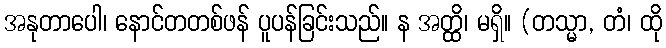
အနုတာပေါ၊ နောင်တတစ်ဖန် ပူပန်ခြင်းသည်။ န အတ္ထိ၊ မရှိ။ (တသ္မာ, တံ၊ ထို